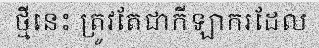
ថ្មីនេះ ត្រូវតែជាកីឡាករដែល